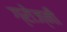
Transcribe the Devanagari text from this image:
ग्रोज्नी